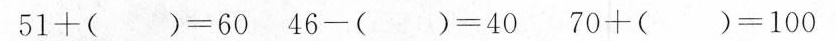
$$51+( )=60$$ $$46-( )=40$$ $$70+( )=100$$